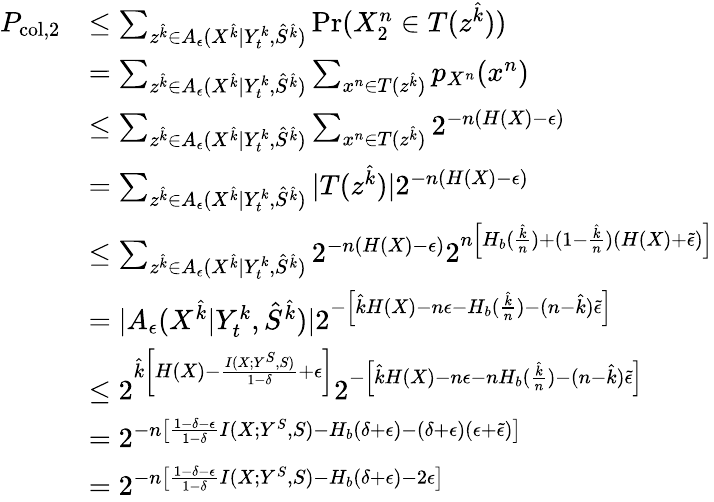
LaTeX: \begin{array}{rl}{P_{\mathrm{col,2}}}&{\le\sum_{z^{\hat{k}}\in A_{\epsilon}(X^{\hat{k}}|Y_{t}^{k},\hat{S}^{\hat{k}})}\operatorname*{Pr}(X_{2}^{n}\in T(z^{\hat{k}}))}\\ &{=\sum_{z^{\hat{k}}\in A_{\epsilon}(X^{\hat{k}}|Y_{t}^{k},\hat{S}^{\hat{k}})}\sum_{x^{n}\in T(z^{\hat{k}})}p_{X^{n}}(x^{n})}\\ &{\le\sum_{z^{\hat{k}}\in A_{\epsilon}(X^{\hat{k}}|Y_{t}^{k},\hat{S}^{\hat{k}})}\sum_{x^{n}\in T(z^{\hat{k}})}2^{-n(H(X)-\epsilon)}}\\ &{=\sum_{z^{\hat{k}}\in A_{\epsilon}(X^{\hat{k}}|Y_{t}^{k},\hat{S}^{\hat{k}})}|T(z^{\hat{k}})|2^{-n(H(X)-\epsilon)}}\\ &{\le\sum_{z^{\hat{k}}\in A_{\epsilon}(X^{\hat{k}}|Y_{t}^{k},\hat{S}^{\hat{k}})}2^{-n(H(X)-\epsilon)}2^{n\left[H_{b}(\frac{\hat{k}}{n})+(1-\frac{\hat{k}}{n})(H(X)+\tilde{\epsilon})\right]}}\\ &{=|A_{\epsilon}(X^{\hat{k}}|Y_{t}^{k},\hat{S}^{\hat{k}})|2^{-\left[\hat{k}H(X)-n\epsilon-H_{b}(\frac{\hat{k}}{n})-(n-\hat{k})\tilde{\epsilon}\right]}}\\ &{\le 2^{\hat{k}\left[H(X)-\frac{I(X;Y^{S},S)}{1-\delta}+\epsilon\right]}2^{-\left[\hat{k}H(X)-n\epsilon-nH_{b}(\frac{\hat{k}}{n})-(n-\hat{k})\tilde{\epsilon}\right]}}\\ &{=2^{-n\left[\frac{1-\delta-\epsilon}{1-\delta}I(X;Y^{S},S)-H_{b}(\delta+\epsilon)-(\delta+\epsilon)(\epsilon+\tilde{\epsilon})\right]}}\\ &{=2^{-n\left[\frac{1-\delta-\epsilon}{1-\delta}I(X;Y^{S},S)-H_{b}(\delta+\epsilon)-2\epsilon\right]}}\end{array}